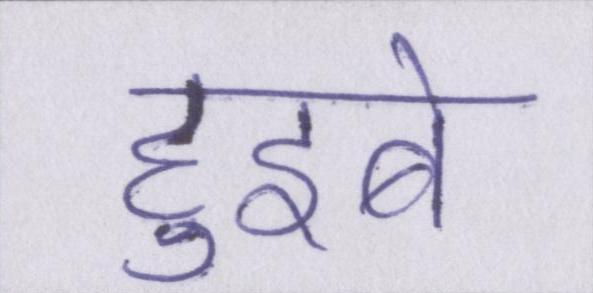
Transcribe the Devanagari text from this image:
हुइबे